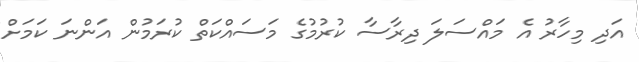
އަދި މިހާރު އެ މައްސަލަ ދިރާސާ ކުރުމުގެ މަސައްކަތް ކުރަމުން އަންނަ ކަމަށް